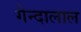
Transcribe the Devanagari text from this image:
गेन्दालाल